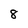
Character: 8